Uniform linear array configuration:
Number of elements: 12
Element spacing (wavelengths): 0.5
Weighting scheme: uniform
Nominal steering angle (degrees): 0
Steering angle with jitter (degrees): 1.041
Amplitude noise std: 0.05
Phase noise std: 0.05

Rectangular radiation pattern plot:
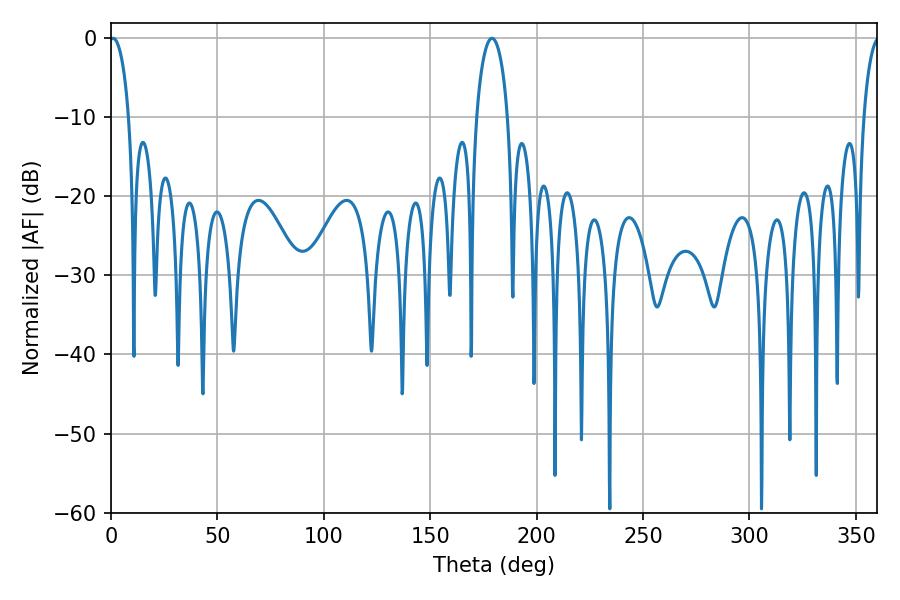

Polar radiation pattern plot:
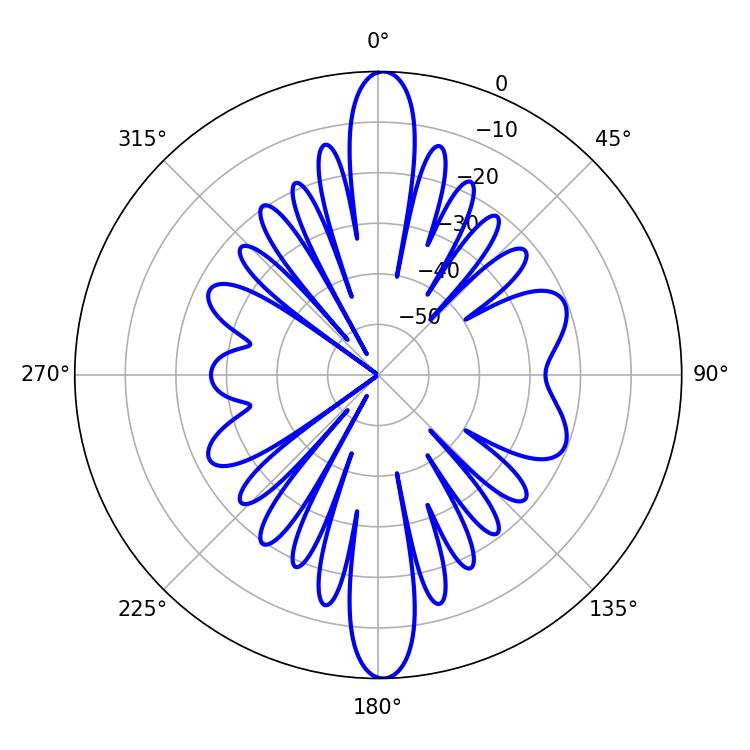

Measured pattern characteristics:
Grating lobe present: FALSE
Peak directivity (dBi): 23.568
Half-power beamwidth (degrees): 5.22
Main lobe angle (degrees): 0.9